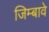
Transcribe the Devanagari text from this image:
जिम्बावे